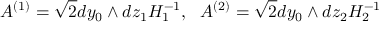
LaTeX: { \cal A } ^ { ( 1 ) } = \sqrt { 2 } d y _ { 0 } \wedge d z _ { 1 } H _ { 1 } ^ { - 1 } , ~ ~ { \cal A } ^ { ( 2 ) } = \sqrt { 2 } d y _ { 0 } \wedge d z _ { 2 } H _ { 2 } ^ { - 1 }